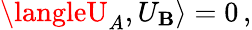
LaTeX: \langleU_{A},U_{\mathbf{B}}\rangle=0\, ,